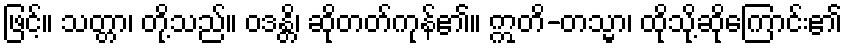
ဖြင့်။ သတ္တာ၊ တို့သည်။ ဝဒန္တိ၊ ဆိုတတ်ကုန်၏။ ဣတိ-တသ္မာ၊ ထိုသို့ဆိုကြောင်း၏